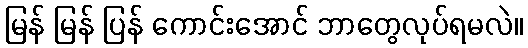
မြန် မြန် ပြန် ကောင်းအောင် ဘာတွေလုပ်ရမလဲ။